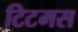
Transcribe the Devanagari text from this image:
टिटमस